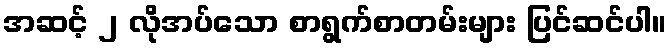
အဆင့် ၂ လိုအပ်သော စာရွက်စာတမ်းများ ပြင်ဆင်ပါ။